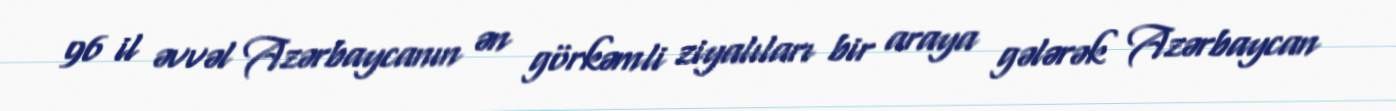
96 il əvvəl Azərbaycanın ən görkəmli ziyalıları bir araya gələrək Azərbaycan